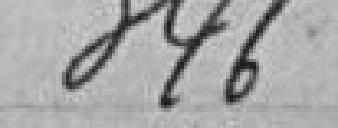
346